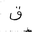
Letter: _qaf